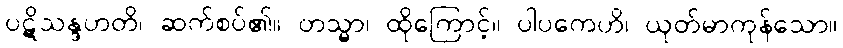
ပဋိသန္ဒဟတိ၊ ဆက်စပ်၏။ တသ္မာ၊ ထိုကြောင့်။ ပါပကေဟိ၊ ယုတ်မာကုန်သော။